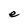
Character: e